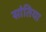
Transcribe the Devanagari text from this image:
सांतिया